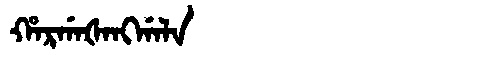
Manchu: ᡥᠠᡵᡤᠠᡧᠠᠩᡤᠠᠯᠠ
Romanization: HARGAŠANGGALA